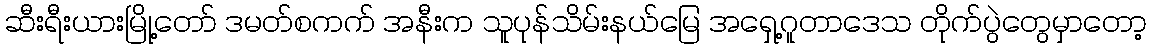
ဆီးရီးယားမြို့တော် ဒမတ်စကက် အနီးက သူပုန်သိမ်းနယ်မြေ အရှေ့ဂူတာဒေသ တိုက်ပွဲတွေမှာတော့